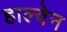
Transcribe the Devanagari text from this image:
हाल्वेन